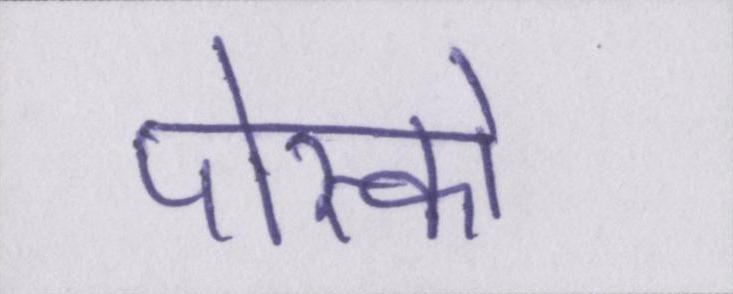
पोस्को